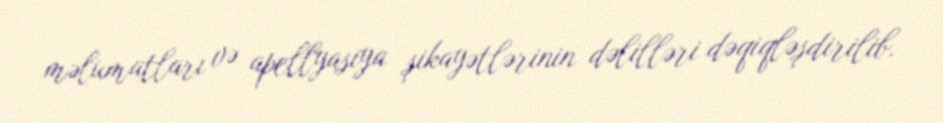
məlumatları və apellyasiya şikayətlərinin dəlilləri dəqiqləşdirilib.